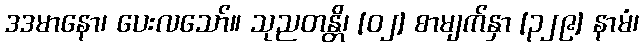
ဒဒမာနော၊ ပေးလသော်။ သုညတန္တိ၊ [၀၂] စာမျက်နှာ [၃၂၉] နာမံ၊